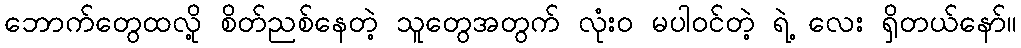
ဘောက်တွေထလို့ စိတ်ညစ်နေတဲ့ သူတွေအတွက် လုံး၀ မပါဝင်တဲ့ ရဲ့ လေး ရှိတယ်နော်။